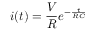
i ( t ) = \frac { V } { R } e ^ { - \frac { t } { R C } }